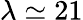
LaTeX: \lambda\simeq 21